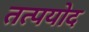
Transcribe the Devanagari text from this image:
तत्पयोद